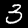
Label: 3